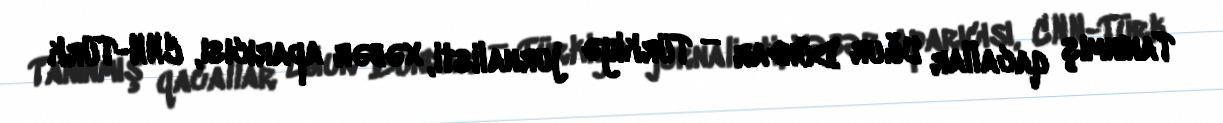
Tanınmış qacallar Uğur Dündar — Türkiyə jurnalisti, xəbər aparıcısı, CNN-Türk